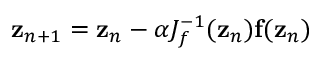
{ \bf z } _ { n + 1 } = { \bf z } _ { n } - \alpha J _ { f } ^ { - 1 } ( { \bf z } _ { n } ) { \bf f } ( { \bf z } _ { n } )